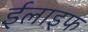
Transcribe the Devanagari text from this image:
ईलाइफ